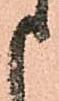
申